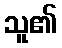
သူ၏